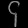
Digit: ၄